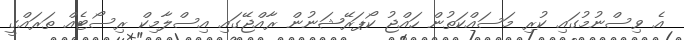
އެ ވިސްނުމުގައި ކުރި މަސައްކަތުން ހައްޖު ކޯޕަރޭޝަނުން ރާއްޖޭގައި އިސްލާމިކް ރިސޯޓެއް ތަރައްގީ